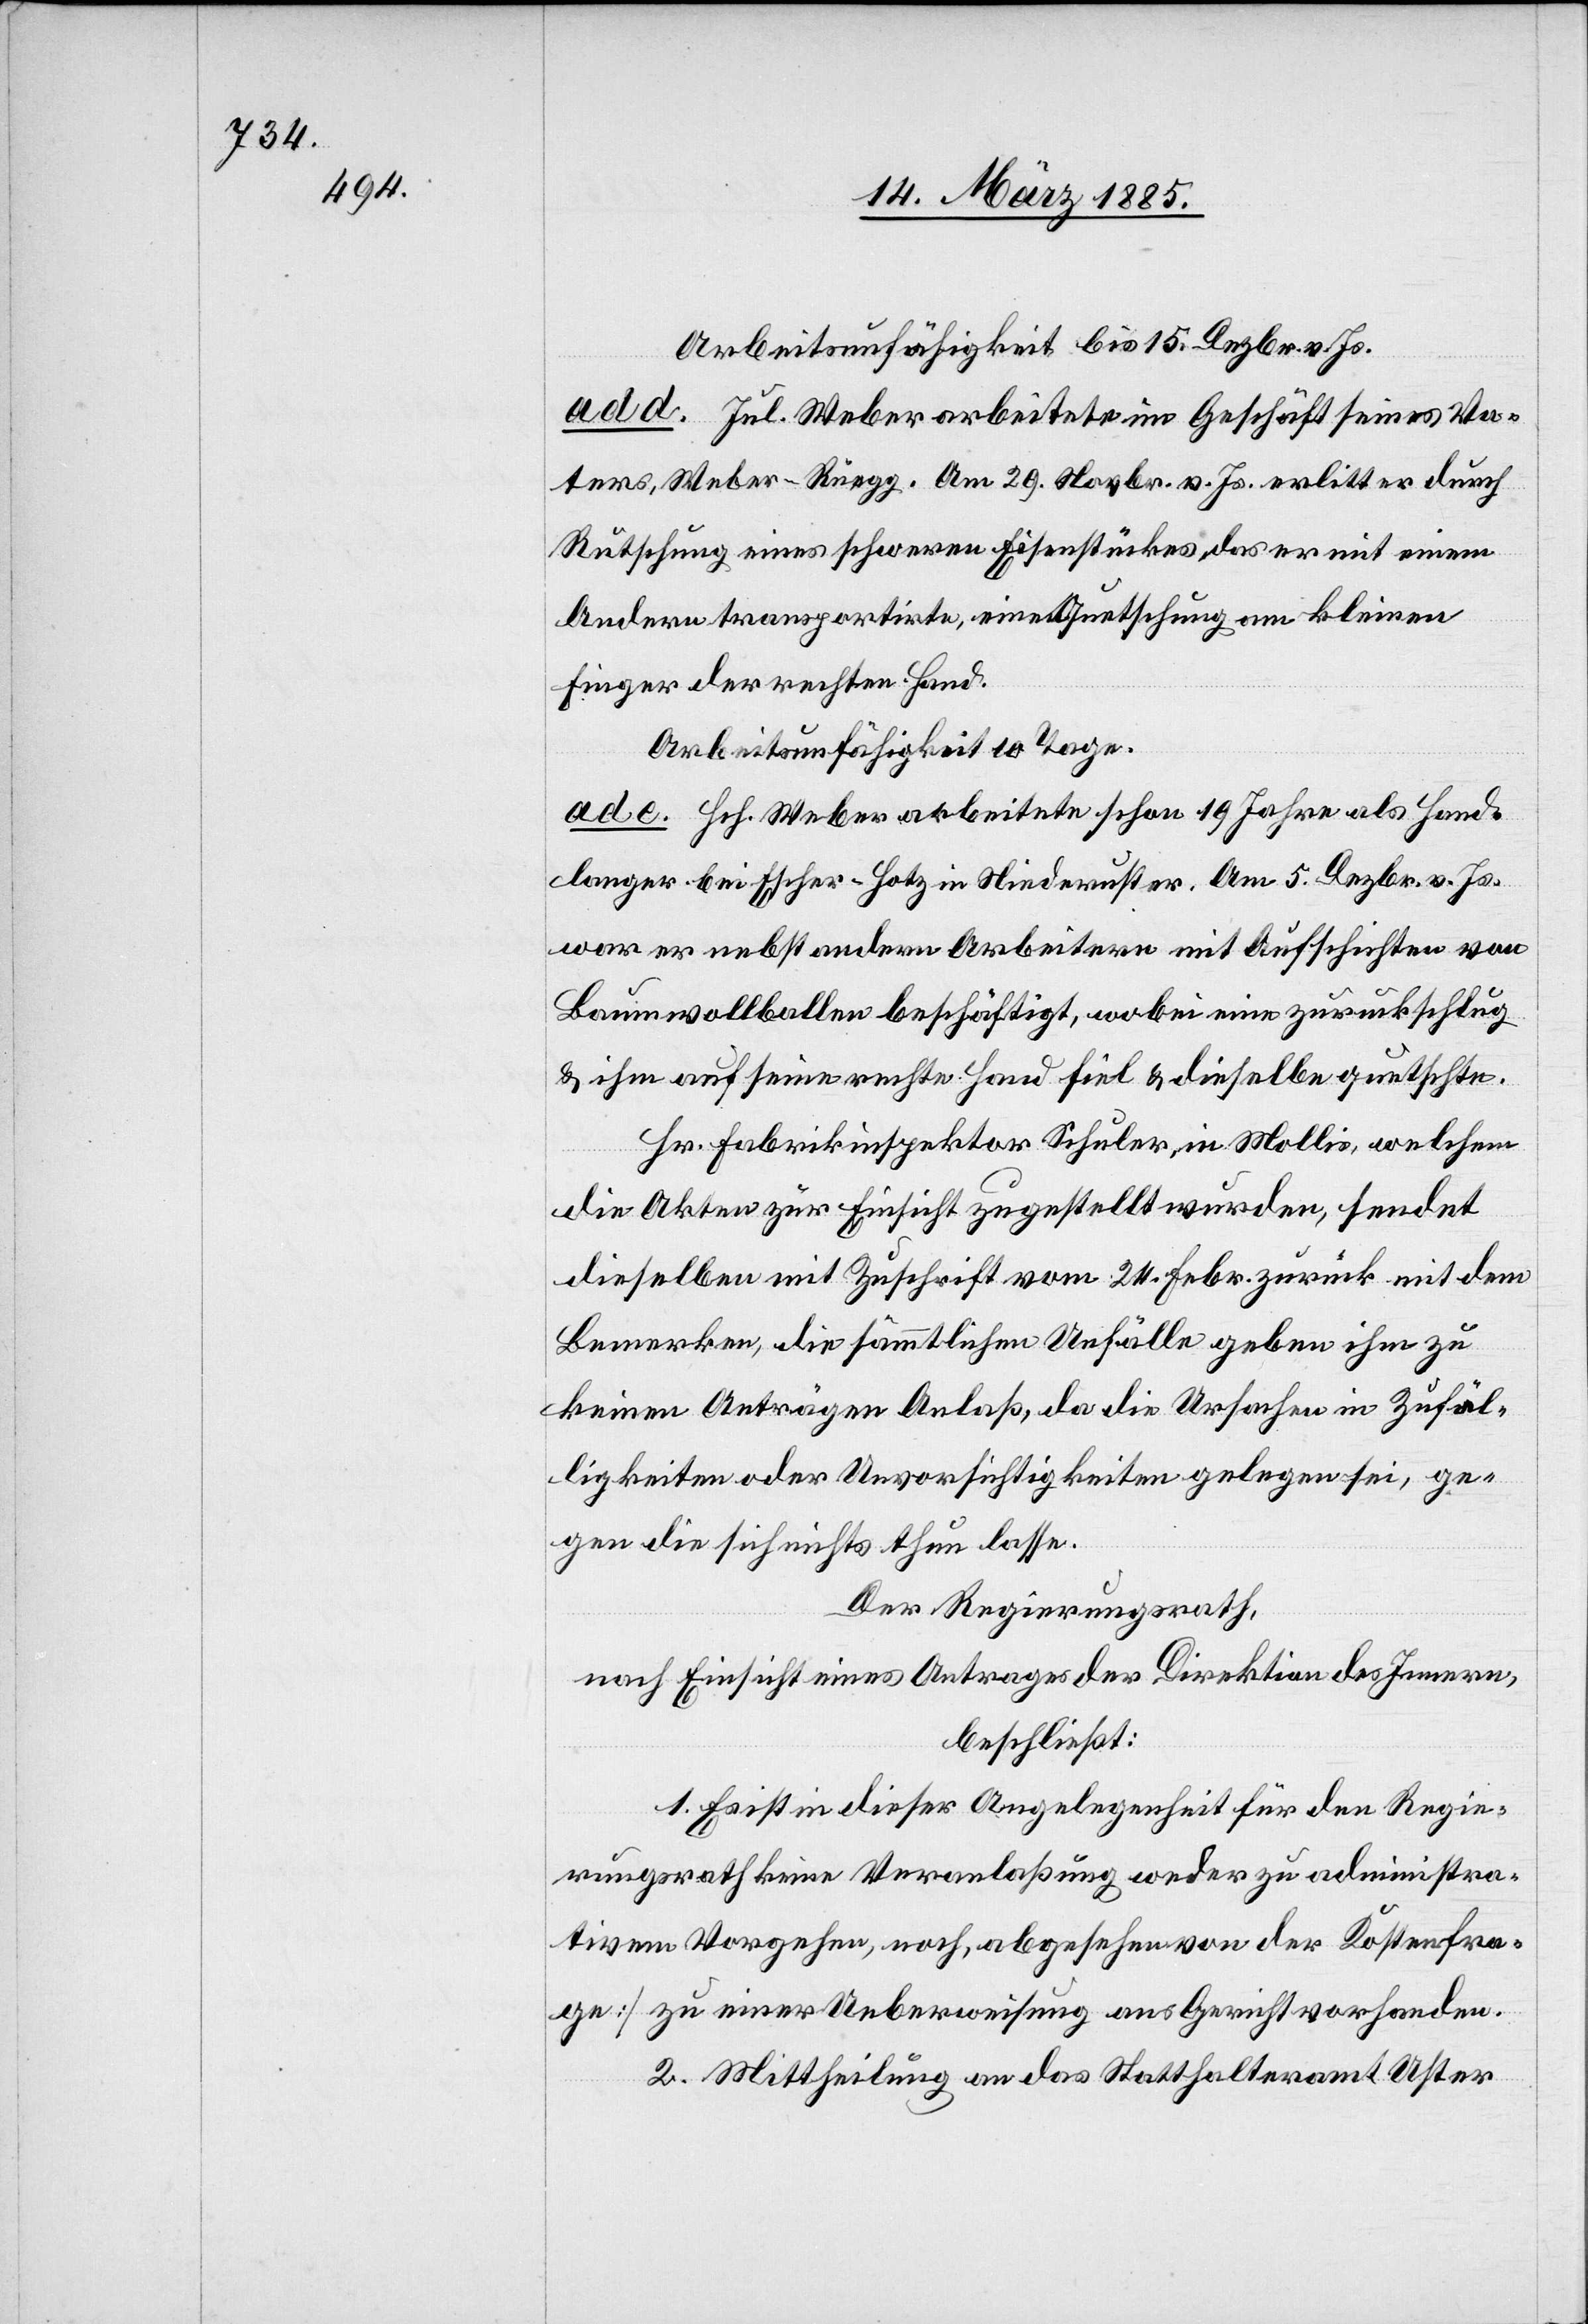
Arbeitsunfähigkeit bis 15. Dezbr. v. Js.
ad d. Jul. Weber arbeitete im Geschäft seines Va¬
ters, Weber-Rüegg. Am 29. Novbr. v. Js. erlitt er durch
Rutschung eines schweren Eisenstückes, das er mit einem
Andern transportirte, eine Quetschung am kleinen
Finger der rechten Hand.
Arbeitsunfähigkeit 10 Tage.
ad e. Hch. Weber arbeitete schon 19. Jahre als Hand¬
langer bei Escher-Hotz in Niederuster. Am 5. Dezbr. v. Js.
war er nebst andern Arbeitern mit Aufschichten von
Baumwollbalken beschäftigt, wobei eine zurückschlug
& ihm auf seine rechte Hand fiel & dieselbe quetschte.
Hr. Fabrikinspektor Schuler, in Mollis, welchem
die Akten zur Einsicht zugestellt wurden, sendet
dieselben mit Zuschrift vom 24. Febr. zurück mit dem
Bemerken, die sämmtlichen Unfälle geben ihm zu
keinen Anträgen Anlaß, da die Ursachen in Zufäl¬
ligkeiten oder Unvorsichtigkeiten gelegen sei, ge¬
gen die sich nichts thun lasse.
Der Regierungsrath,
nach Einsicht eines Antrages der Direktion des Innern,
beschließt:
1. Es ist in dieser Angelegenheit für den Regie¬
rungsrath keine Veranlaßung weder zu administra¬
tivem Vorgehen, noch, [abgesehen von der Kostenfra¬
ge] zu einer Ueberweisung ans Gericht vorhanden.
2. Mittheilung an das Statthalteramt Uster